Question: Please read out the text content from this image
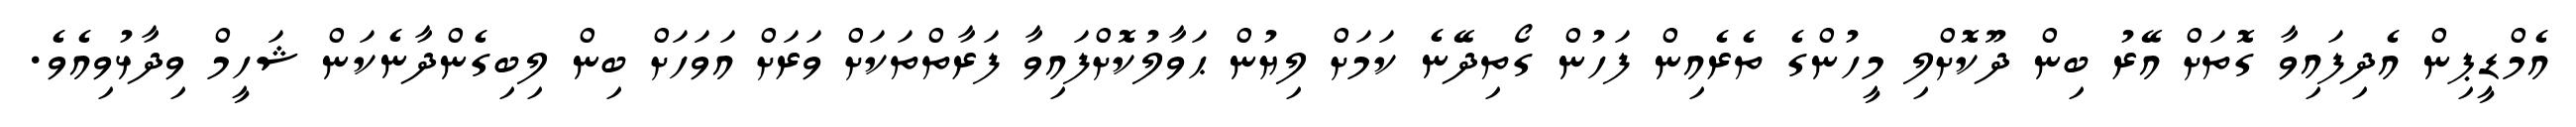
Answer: އެމްޑީޕިން އެދިފައިވާ ގޮތަށް އޭރު ބިން ދޫކޮށްލި މީހުންގެ ތެރެއިން ފަހުން ގޯތިދޭނެ ކަމަށް ލިޔުން ޙަވާލުކޮށްފައިވާ ފަރާތްތަކަށް ވަރަށް އަވަހަށް ބިން ލިބިގެންދާނެކަން ޝަހީމް ވިދާޅުވިއެވެ.